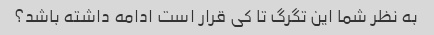
به نظر شما این تگرگ تا کی قرار است ادامه داشته باشد؟